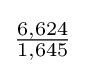
{\tfrac {6,624}{1,645}}